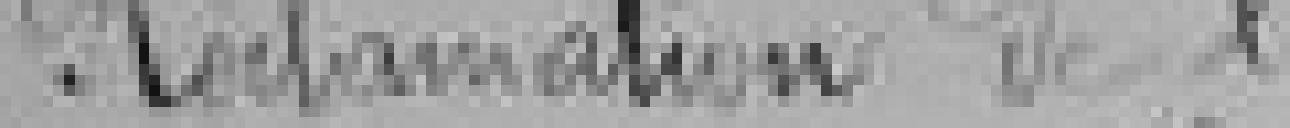
Réclamation de l'